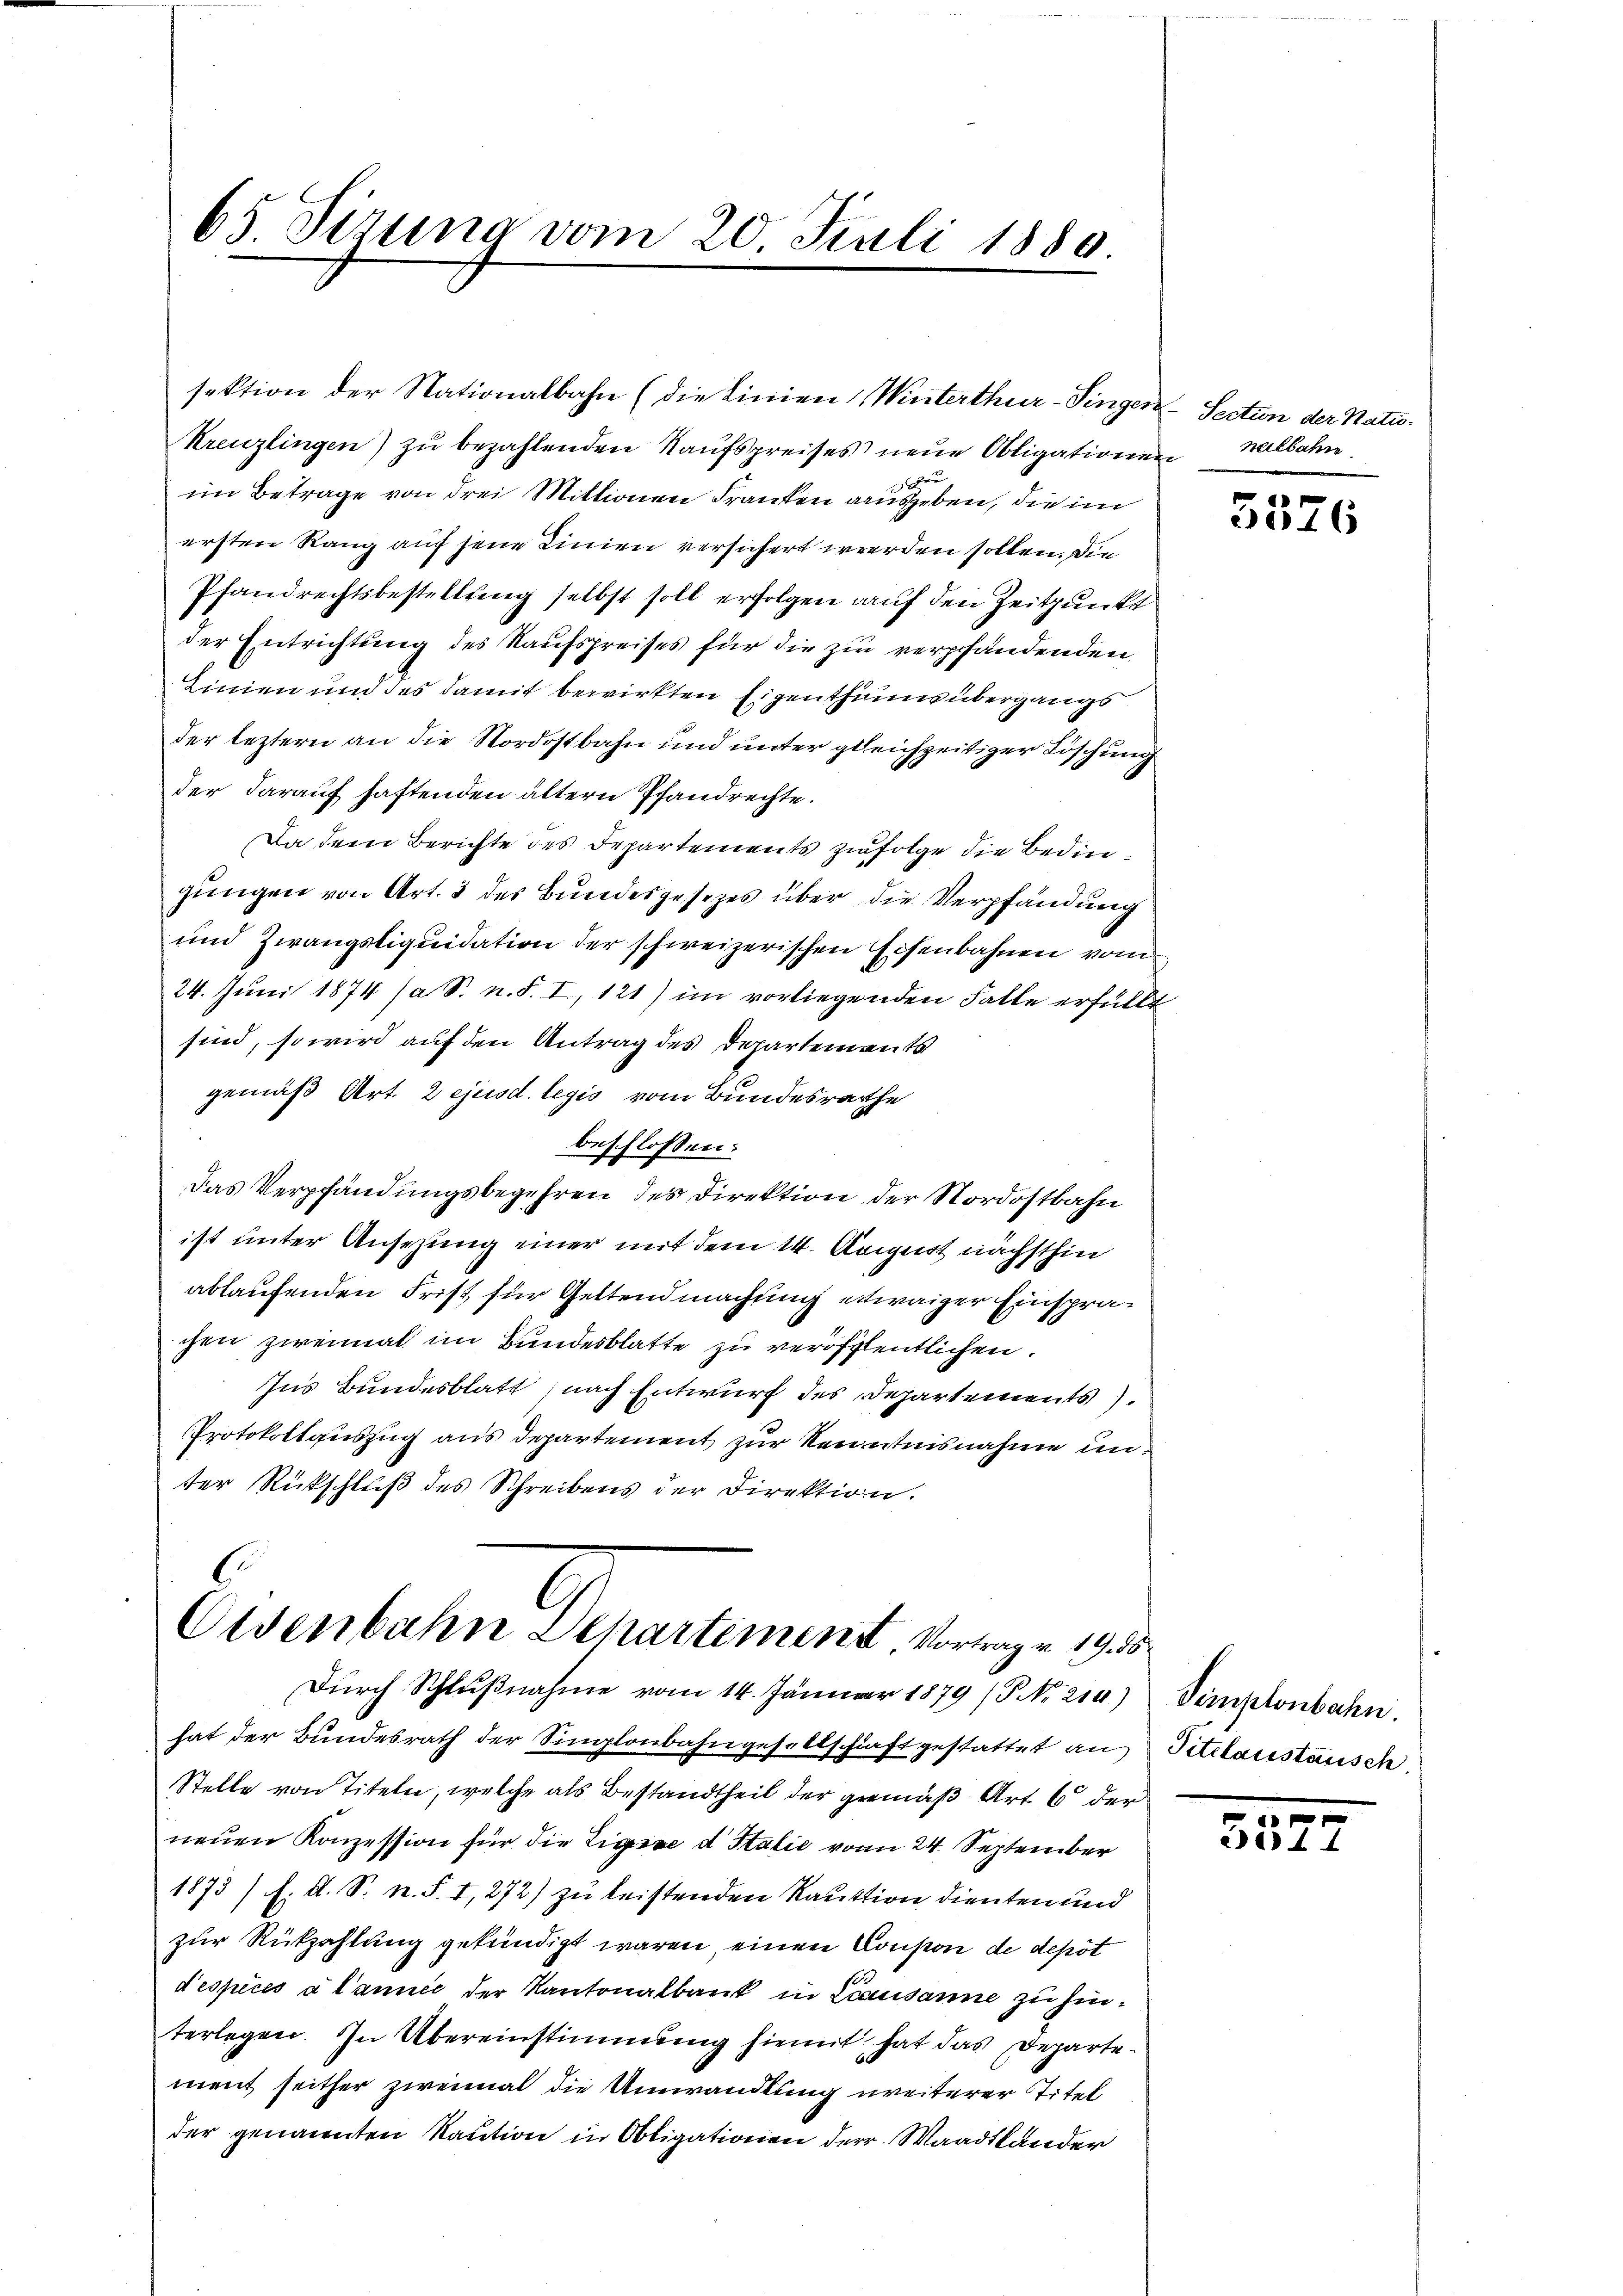
kreuzlingen) zu bezahlenden Kaufspreises neue Obligatione

im Betrage von drei Mittionen Franken ausgeben, die im
ersten Rang auf jene Linien versichert werden sollen. Die
Pfandrechtsbestellung selbst soll erfolgen auf den Zeitpunkt
der Entrichtung des Kaufspreises für die zur verpfändenden
Linien und des damit bewirkten Eigenthum übergangs
der leztern an die Nordostbahn und unter gleichzeitiger Löschung
der darauf haftenden altern Pfandrechte.
Da dem Berichte des Departements zufolge die Bedingungen von Art. 3 des Bundesgesezes über die Verpfändung
und Zwangsliquidation der schweizerischen Eisenbahnen vom
24. Juni 1874 /a S. n. F. I, 121) im vorliegenden Falle erfülle
sind, so wird auf den Antrag des Departements
gemäß Art. 2 ejusd. legis vom Bundesrathe
beschlossen:
Das Verpfändungsbegehren des Direktion, der Nordostbahn
ist unter Ansezung einer mit dem 14. August nächsthin
ablaufenden Frist für Geltendmachung etwaiger Einsprachen zweimal im Bundesblatte zu veröffentlichen.
Ins Bundesblatt (nach Entwurf des Departements.
Protokollauszug aus Departement zur Kenntnisnahme unter Rückschluß des Schreibens der Direktion.
.
Osenbahn Dehartement Vortrage 19. 50
Durch Schlußnahme vom 14. Jänner 1879 (P No 214)
hat der Bundesrath der Simplonbahngesellschaft gestattet an
Stelle von Titeln, welche als Bestandtheil der gemäß Art. 6 der
neuen Konzession für die Ligiae d Italie von 24. September
1873/. A. S. N. S. I, 272) zu leistenden Kaution dienten und
zur Rückzahlung gekündigt waren einen Conson de depot
d’espices à l’année der Kantonalbank in Lausanne zu hinterlegen. In Übereinstimmung hiemit hat das Departe
ment seither zweimal die Umwandlung weiterer Titel
der genannten Kaution in Obligationen der Waadtlander

65 Sizung vom 20. Juli 1880

sektion der Nationalbahn (die Linien Winterthur–Singen

2. Section der Natu-
nalbahn

16

Simplonbahn.
Titelaustausch.

x
3311